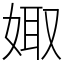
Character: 娵